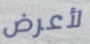
لأعرض